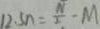
1 2 . 5 n = \frac { N } { 2 } - M